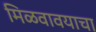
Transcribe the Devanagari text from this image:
मिळवावयाचा